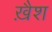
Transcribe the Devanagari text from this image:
ख़ैश